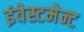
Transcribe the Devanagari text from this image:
इंवेस्टमेन्ट